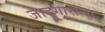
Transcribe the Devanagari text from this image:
जादूगारांचा